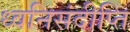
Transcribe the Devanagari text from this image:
ध्वनिसंदीप्ति